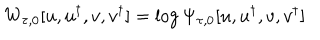
LaTeX: W _ { \tau , 0 } [ u , u ^ { \dagger } , { v } , { v } ^ { \dagger } ] = \log \Psi _ { \tau , 0 } [ u , u ^ { \dagger } , { v } , { v } ^ { \dagger } ]